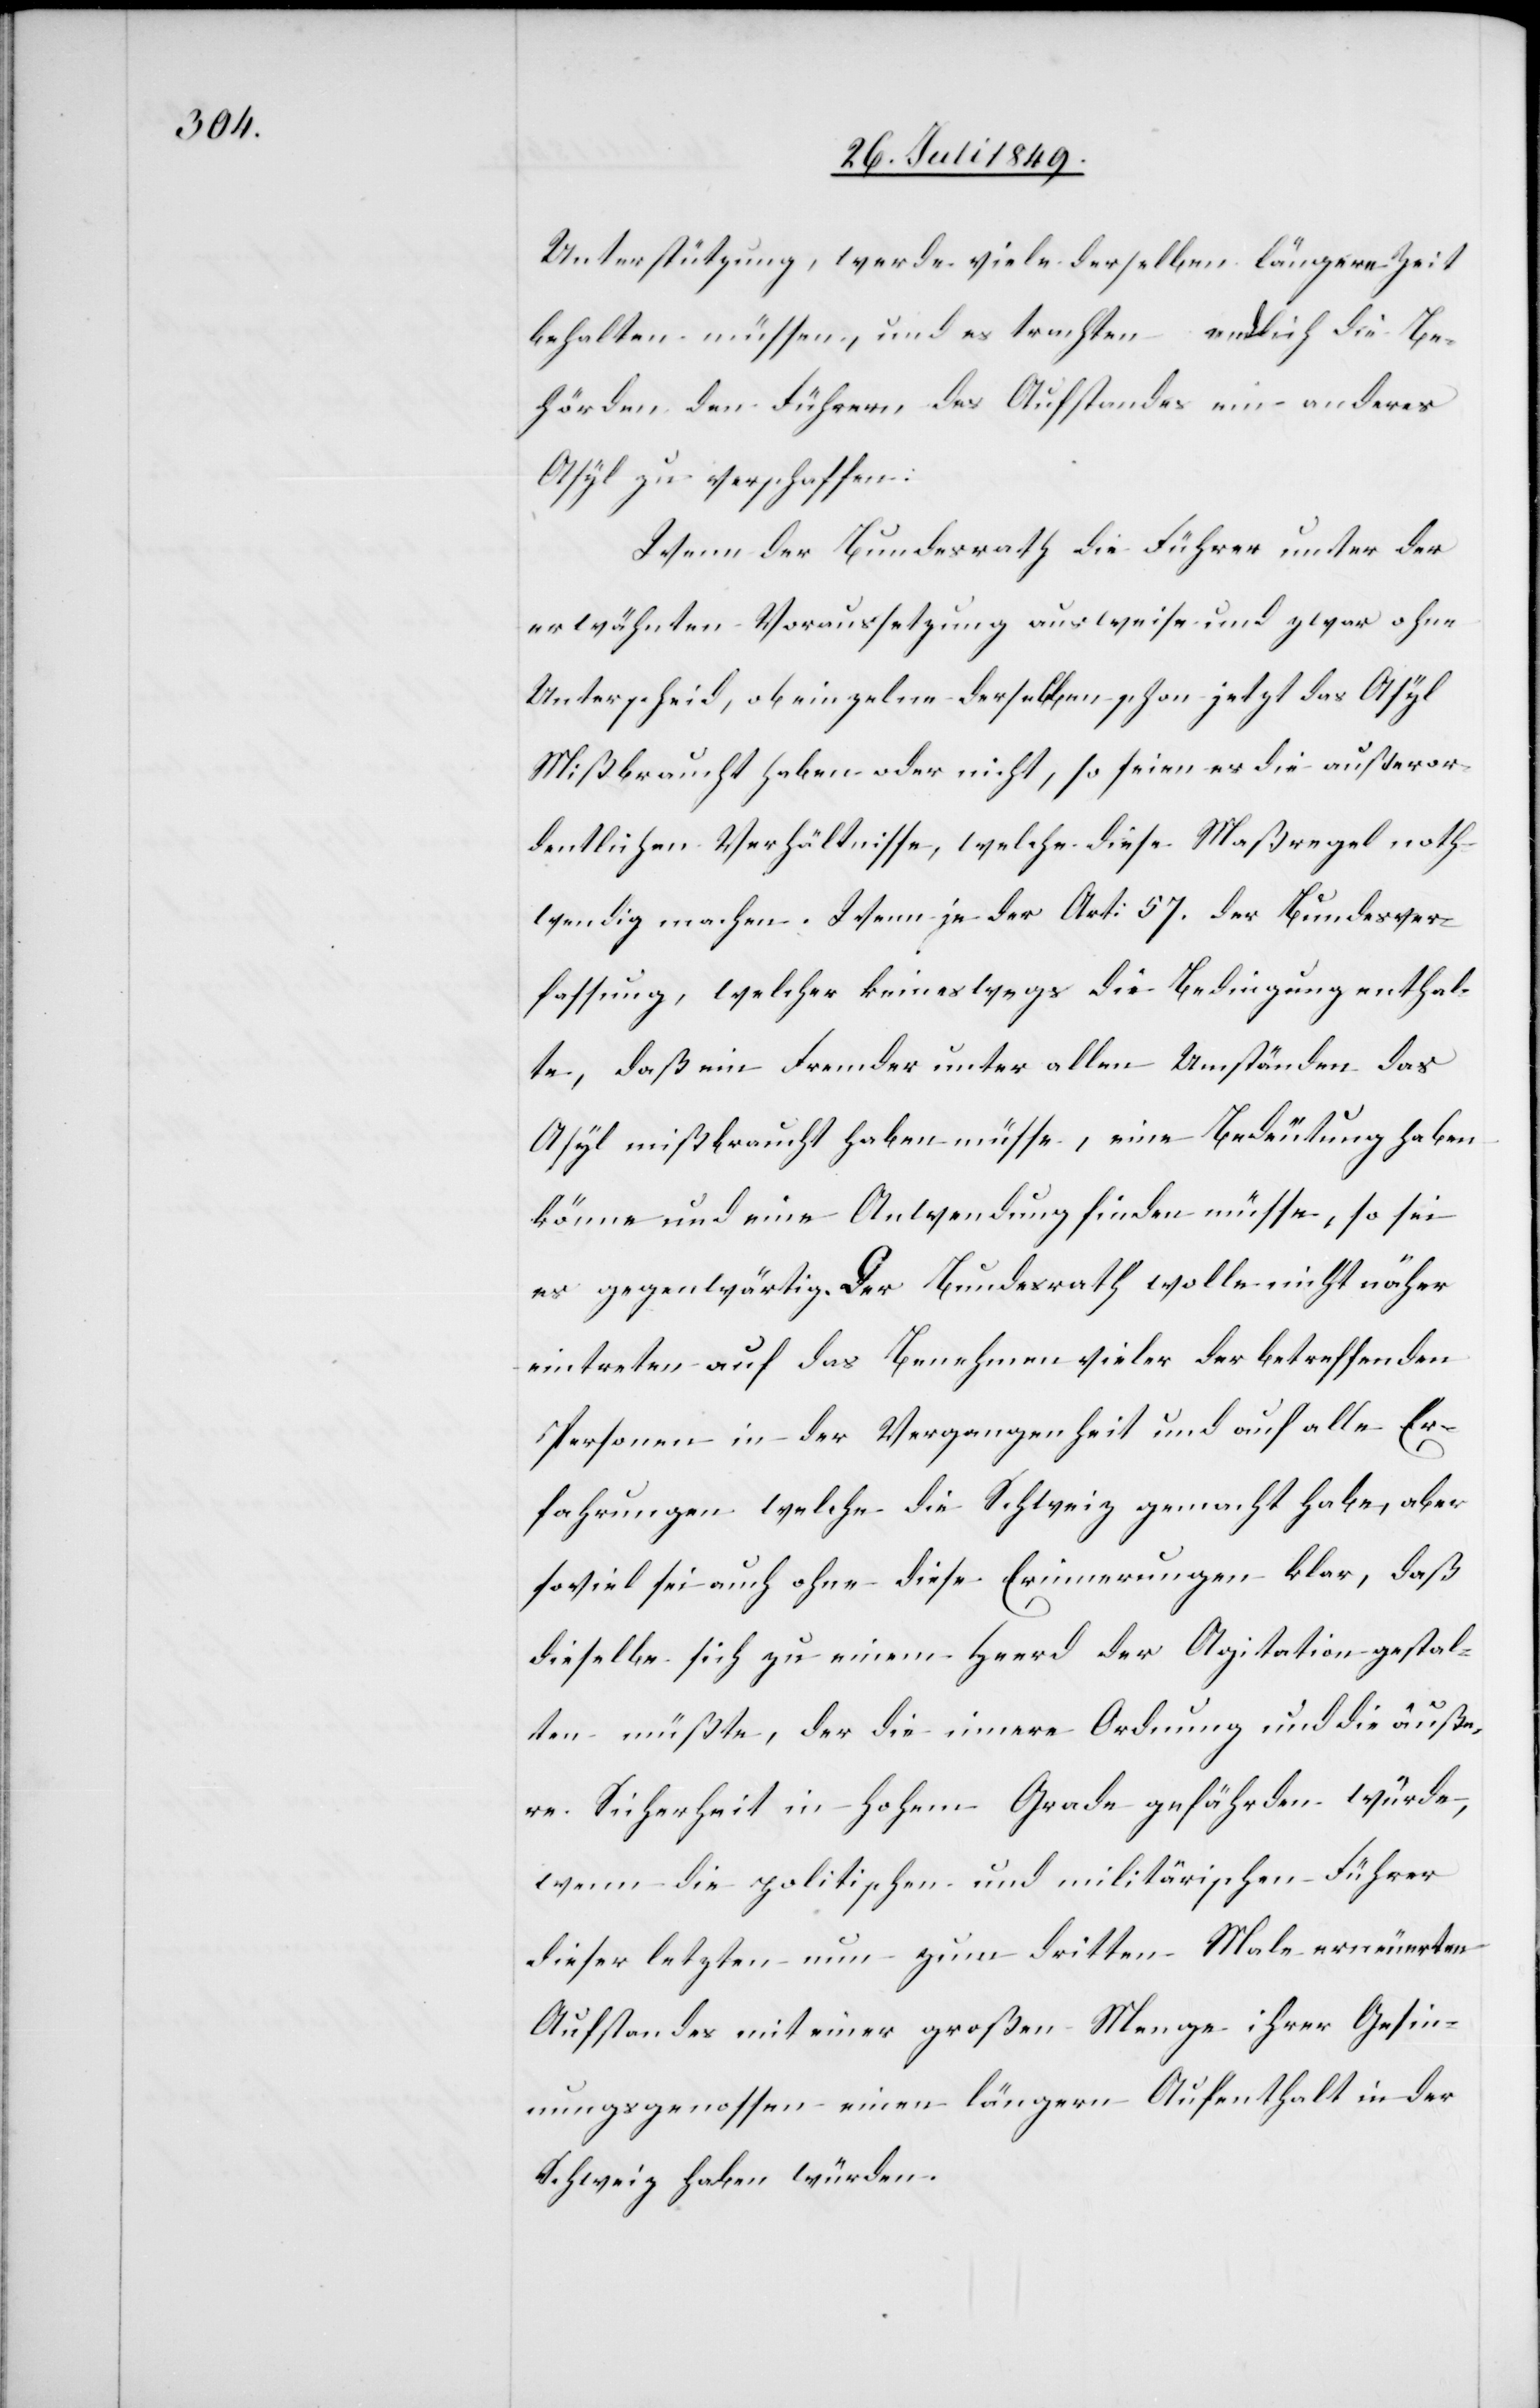
Unterstützung, werde viele derselben längere Zeit
behalten müssen, und es trachten endlich die Be¬
hörden den Führern des Aufstandes ein anderes
Asyl zu verschaffen:
Wenn der Bundesrath die Führer unter der
erwähnten Voraussetzung ausweise und zwar ohne
Unterschied, ob einzelne derselben schon jetzt das Asyl
mißbraucht haben oder nicht, so seien es die außeror¬
dentlichen Verhältnisse, welche diese Maßregel noth¬
wendig machen. Wenn je der Art: 57. der Bundesver¬
fassung, welcher keineswegs die Bedingung enthal¬
te, daß ein Fremder unter allen Umständen das
Asyl mißbraucht haben müsse, eine Bedeutung haben
könne und eine Anwendung finden müsse, so sei
es gegenwärtig. Der Bundesrath wolle nicht näher
eintreten auf das Benehmen vieler der betreffenden
Personen in der Vergangenheit und auf alle Er¬
fahrungen welche die Schweiz gemacht habe, aber
soviel sei auch ohne diese Erinnerungen klar, daß
dieselbe sich zu einem Heerd der Agitation gestal¬
ten müßte, der die innere Ordnung und die äuße¬
re Sicherheit in hohem Grade gefährden würde,
wenn die politischen und militärischen Führer
dieser letzten nun zum dritten Male erneuerten
Aufstandes mit einer großen Menge ihrer Gesin¬
nungsgenossen einen längern Aufenthalt in der
Schweiz haben würden.